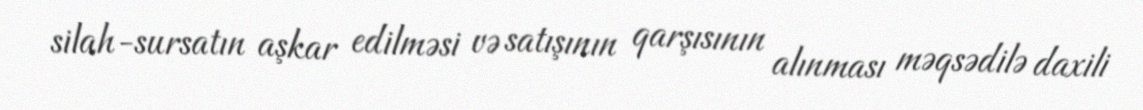
silah-sursatın aşkar edilməsi və satışının qarşısının alınması məqsədilə daxili